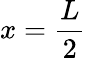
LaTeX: x=\frac{L}{2}